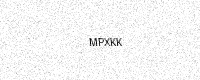
Text: MPXKK